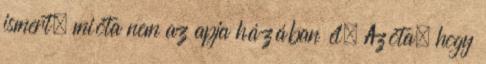
ismert, mióta nem az apja házában él. Azóta, hogy